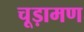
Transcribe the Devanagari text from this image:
चूड़ामण